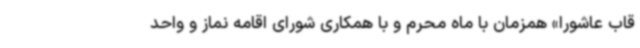
قاب عاشورا» همزمان با ماه محرم و با همکاری شورای اقامه نماز و واحد